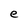
Character: e